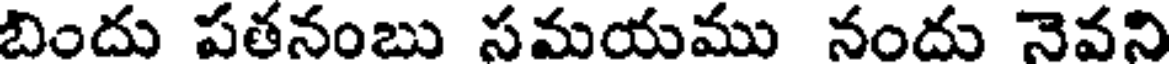
బిందు పతనంబు సమయము నందు నెవని